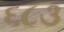
૬૮૩